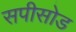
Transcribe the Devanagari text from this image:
सपीसोड